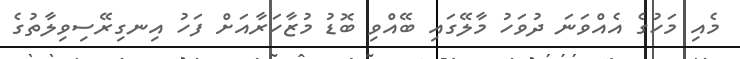
މެއި މަހުގެ އެއްވަނަ ދުވަހު މާލޭގައި ބޭއްވި ބޮޑު މުޒާހަރާއަށް ފަހު އިނގިރޭސިވިލާތުގެ